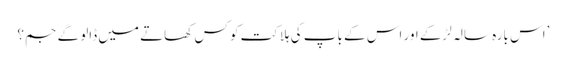
’اس بارہ سالہ لڑکے اور اس کے باپ کی ہلاکت کو کس کھاتے میں ڈالو گے جم؟